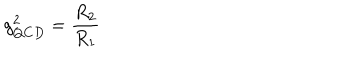
g _ { Q C D } ^ { 2 } = \frac { R _ { 2 } } { R _ { 1 } }